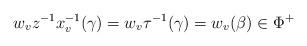
LaTeX: \begin{align*}w_vz^{-1}x_v^{-1}(\gamma)=w_v\tau^{-1}(\gamma) = w_v( \beta ) \in \Phi^+\end{align*}